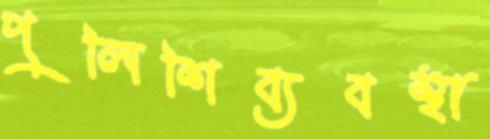
পুলিশিব্যবস্থা